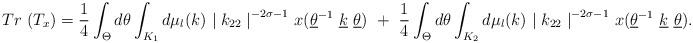
LaTeX: \begin{align*}Tr~(T_x) =\frac{1}{4} \int _ {\Theta} d\theta \int _ {K_1} d \mu _l (k) ~{\mid k_{22} \mid}^{-2\sigma -1} ~x(\underline{\theta} ^{-1} ~\underline{k} ~\underline{\theta}) ~+~ \frac{1}{4} \int _{\Theta} d \theta \int _{K_2}d \mu _l (k) ~{\mid k_{22} \mid }^{-2\sigma -1} ~x(\underline{\theta} ^{-1} ~\underline{k} ~\underline{\theta}).\end{align*}